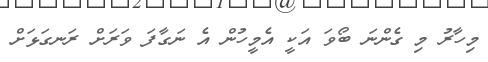
މިހާރު މި ގެންނަ ބޯވަ އަކީ އެމީހުން އެ ނަގާފަ ވަރަށް ރަނގަޅަށް